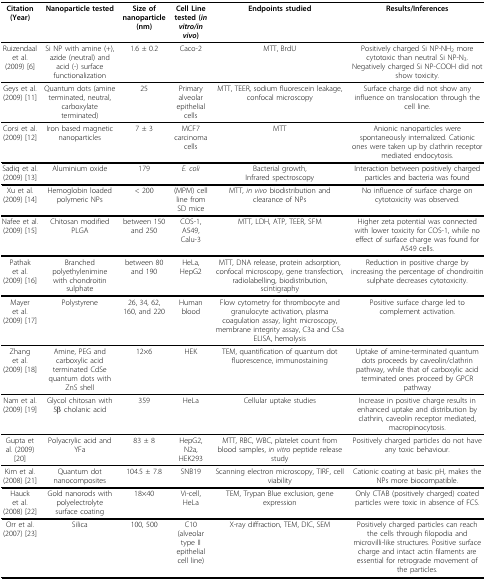
<table><thead><tr><td><b>Citation (Year)</b></td><td><b>Nanoparticle tested</b></td><td><b>Size of nanoparticle (nm)</b></td><td><b>Cell Line tested (<i>in vitro/in vivo</i>)</b></td><td><b>Endpoints studied</b></td><td><b>Results/Inferences</b></td></tr></thead><tbody><tr><td>Ruizendaal et al. (2009) [6]</td><td>Si NP with amine (+), azide (neutral) and acid (-) surface functionalization</td><td>1.6 ± 0.2</td><td>Caco-2</td><td>MTT, BrdU</td><td>Positively charged Si NP-NH<sub>2 </sub>more cytotoxic than neutral Si NP-N<sub>3</sub>. Negatively charged Si NP-COOH did not show toxicity.</td></tr><tr><td>Geys et al. (2009) [11]</td><td>Quantum dots (amine terminated, neutral, carboxylate terminated)</td><td>25</td><td>Primary alveolar epithelial cells</td><td>MTT, TEER, sodium fluorescein leakage, confocal microscopy</td><td>Surface charge did not show any influence on translocation through the cell line.</td></tr><tr><td>Corsi et al. (2009) [12]</td><td>Iron based magnetic nanoparticles</td><td>7 ± 3</td><td>MCF7 carcinoma cells</td><td>MTT</td><td>Anionic nanoparticles were spontaneously internalized. Cationic ones were taken up by clathrin receptor mediated endocytosis.</td></tr><tr><td>Sadiq et al. (2009) [13]</td><td>Aluminium oxide</td><td>179</td><td><i>E. coli</i></td><td>Bacterial growth,Infrared spectroscopy</td><td>Interaction between positively charged particles and bacteria was found</td></tr><tr><td>Xu et al. (2009) [14]</td><td>Hemoglobin loaded polymeric NPs</td><td>&lt; 200</td><td>(MPM) cell line from SD mice</td><td>MTT, <i>in vivo </i>biodistribution and clearance of NPs</td><td>No influence of surface charge on cytotoxicity was observed.</td></tr><tr><td>Nafee et al. (2009) [15]</td><td>Chitosan modified PLGA</td><td>between 150 and 250</td><td>COS-1, A549, Calu-3</td><td>MTT, LDH, ATP, TEER, SFM</td><td>Higher zeta potential was connected with lower toxicity for COS-1, while no effect of surface charge was found for A549 cells.</td></tr><tr><td>Pathak et al. (2009) [16]</td><td>Branched polyethylenimine with chondroitin sulphate</td><td>between 80 and 190</td><td>HeLa, HepG2</td><td>MTT, DNA release, protein adsorption, confocal microscopy, gene transfection, radiolabelling, biodistribution, scintigraphy</td><td>Reduction in positive charge by increasing the percentage of chondroitin sulphate decreases cytotoxicity.</td></tr><tr><td>Mayer et al. (2009) [17]</td><td>Polystyrene</td><td>26, 34, 62, 160, and 220</td><td>Human blood</td><td>Flow cytometry for thrombocyte and granulocyte activation, plasma coagulation assay, light microscopy, membrane integrity assay, C3a and C5a ELISA, hemolysis</td><td>Positive surface charge led to complement activation.</td></tr><tr><td>Zhang et al. (2009) [18]</td><td>Amine, PEG and carboxylic acid terminated CdSe quantum dots with ZnS shell</td><td>12×6</td><td>HEK</td><td>TEM, quantification of quantum dot fluorescence, immunostaining</td><td>Uptake of amine-terminated quantum dots proceeds by caveolin/clathrin pathway, while that of carboxylic acid terminated ones proceed by GPCR pathway</td></tr><tr><td>Nam et al. (2009) [19]</td><td>Glycol chitosan with 5β cholanic acid</td><td>359</td><td>HeLa</td><td>Cellular uptake studies</td><td>Increase in positive charge results in enhanced uptake and distribution by clathrin, caveolin receptor mediated, macropinocytosis.</td></tr><tr><td>Gupta et al. (2009) [20]</td><td>Polyacrylic acid and YFa</td><td>83 ± 8</td><td>HepG2, N2a, HEK293</td><td>MTT, RBC, WBC, platelet count from blood samples, <i>in vitro </i>peptide release study</td><td>Positively charged particles do not have any toxic behaviour.</td></tr><tr><td>Kim et al. (2008) [21]</td><td>Quantum dot nanocomposites</td><td>104.5 ± 7.8</td><td>SNB19</td><td>Scanning electron microscopy, TIRF, cell viability</td><td>Cationic coating at basic pH, makes the NPs more biocompatible.</td></tr><tr><td>Hauck et al. (2008) [22]</td><td>Gold nanorods with polyelectrolyte surface coating</td><td>18×40</td><td>Vi-cell, HeLa</td><td>TEM, Trypan Blue exclusion, gene expression</td><td>Only CTAB (positively charged) coated particles were toxic in absence of FCS.</td></tr><tr><td>Orr et al. (2007) [23]</td><td>Silica</td><td>100, 500</td><td>C10 (alveolar type II epithelial cell line)</td><td>X-ray diffraction, TEM, DIC, SEM</td><td>Positively charged particles can reach the cells through filopodia and microvilli-like structures. Positive surface charge and intact actin filaments are essential for retrograde movement of the particles.</td></tr></tbody></table>